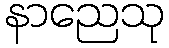
နာညေသု